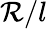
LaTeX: \mathcal{R}/l